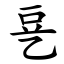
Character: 㐙